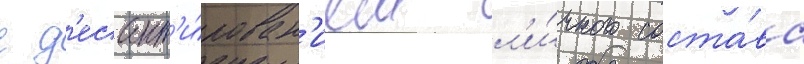
с д'есант'и́рован'ием л'и́чного соста́ва